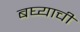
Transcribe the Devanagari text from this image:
बघ्याची